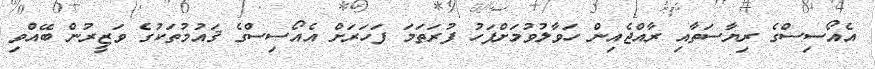
އެއޯސިސްގެ ރިޔާސަތާއި ރާއްޖެއިން ހަވާލުވުމަށްފަހު ފުރަތަމަ ފަހަރަށް އެއޯސިސްގެ ޤައުމުތަކުގެ ވަޒީރުން ބޭއްވި